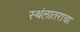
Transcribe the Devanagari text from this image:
स्थंलातराचा